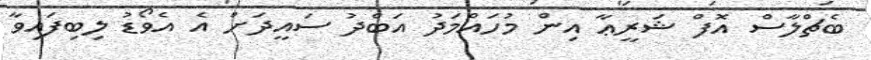
ބެޗްލާސް އޮފް ޝަރީޢާ އިން މުހައްމަދު އަބްދު ސައީދަށް އެ އެވޯޑު ލިބިފައިވާ